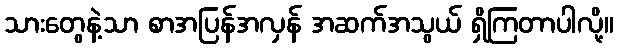
သားတွေနဲ့သာ စာအပြန်အလှန် အဆက်အသွယ် ရှိကြတာပါလို့။